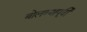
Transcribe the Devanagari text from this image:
बोलण्यापूर्वी